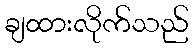
ချထားလိုက်သည်